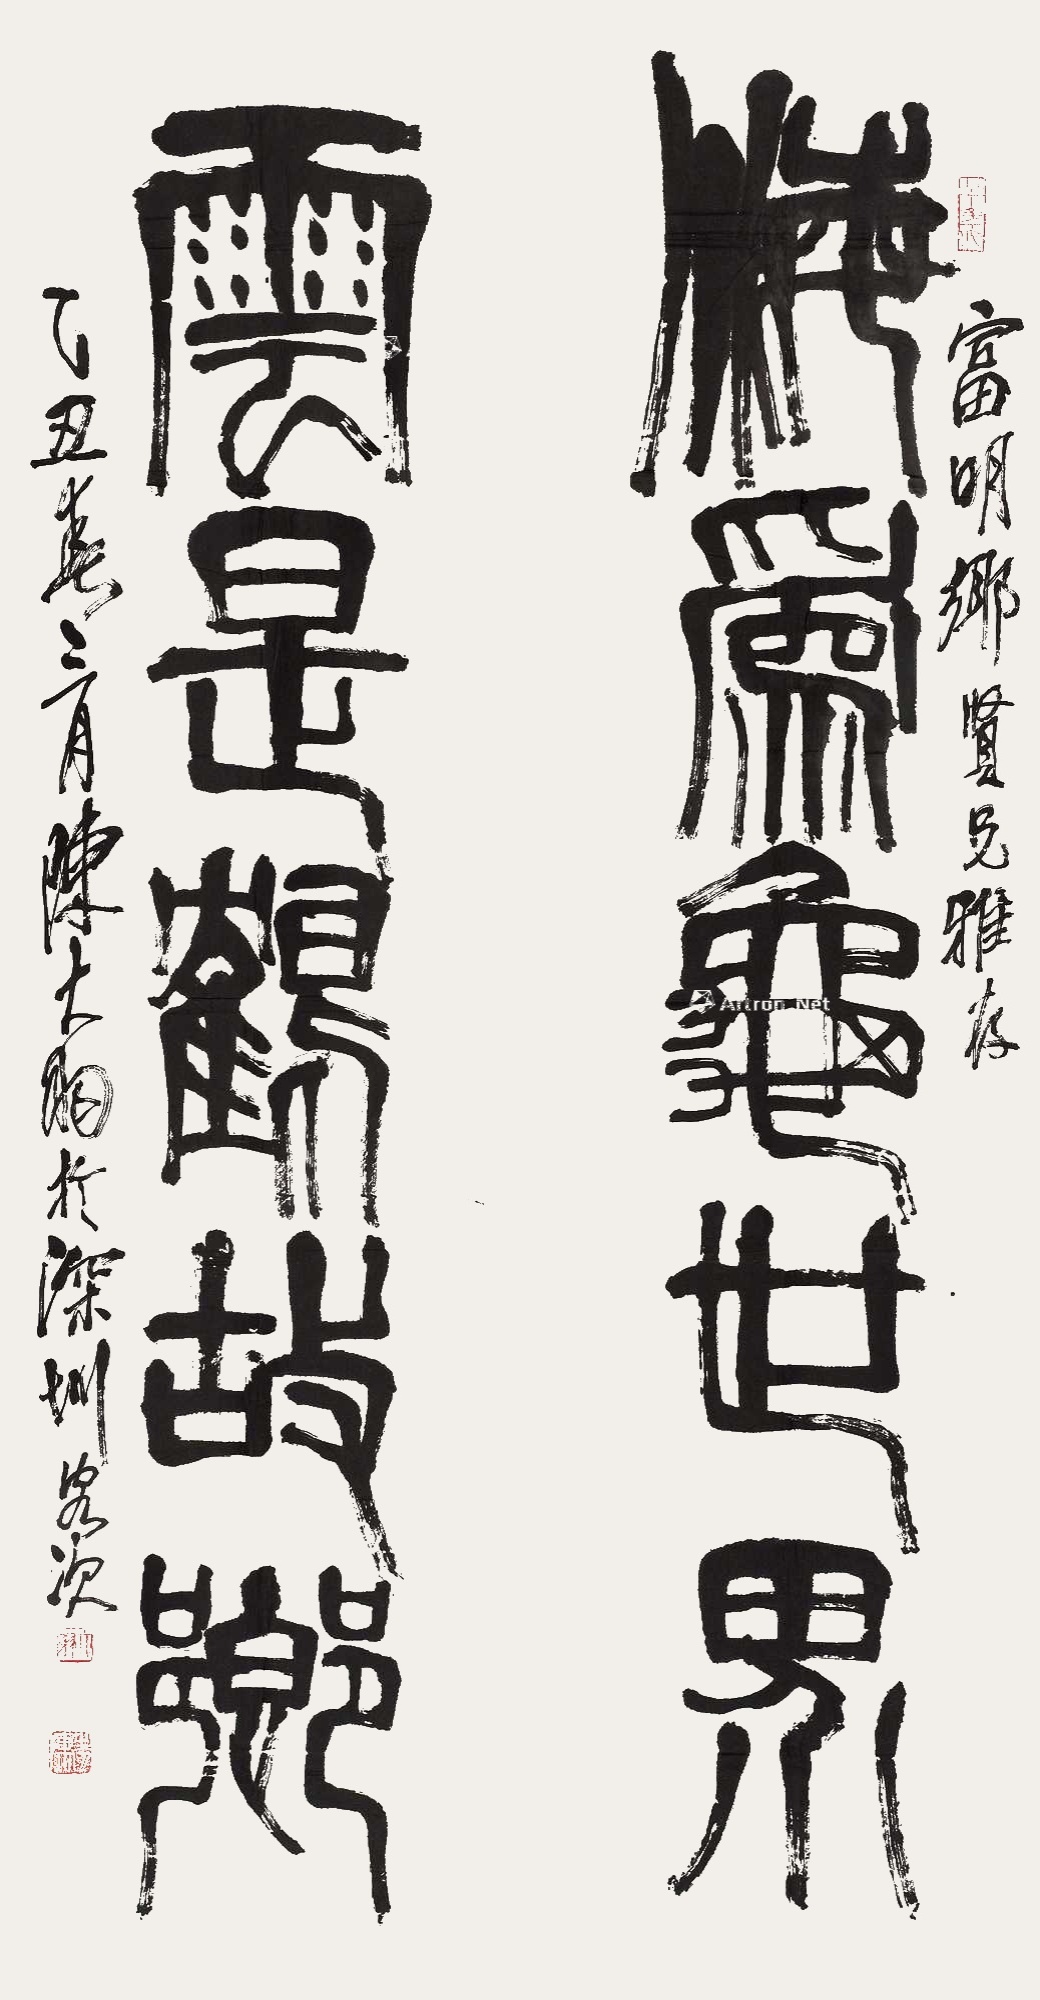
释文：海为龟世界，云是鹤故乡。富明乡贤兄雅存，乙丑春三月陈大羽于深圳客次。